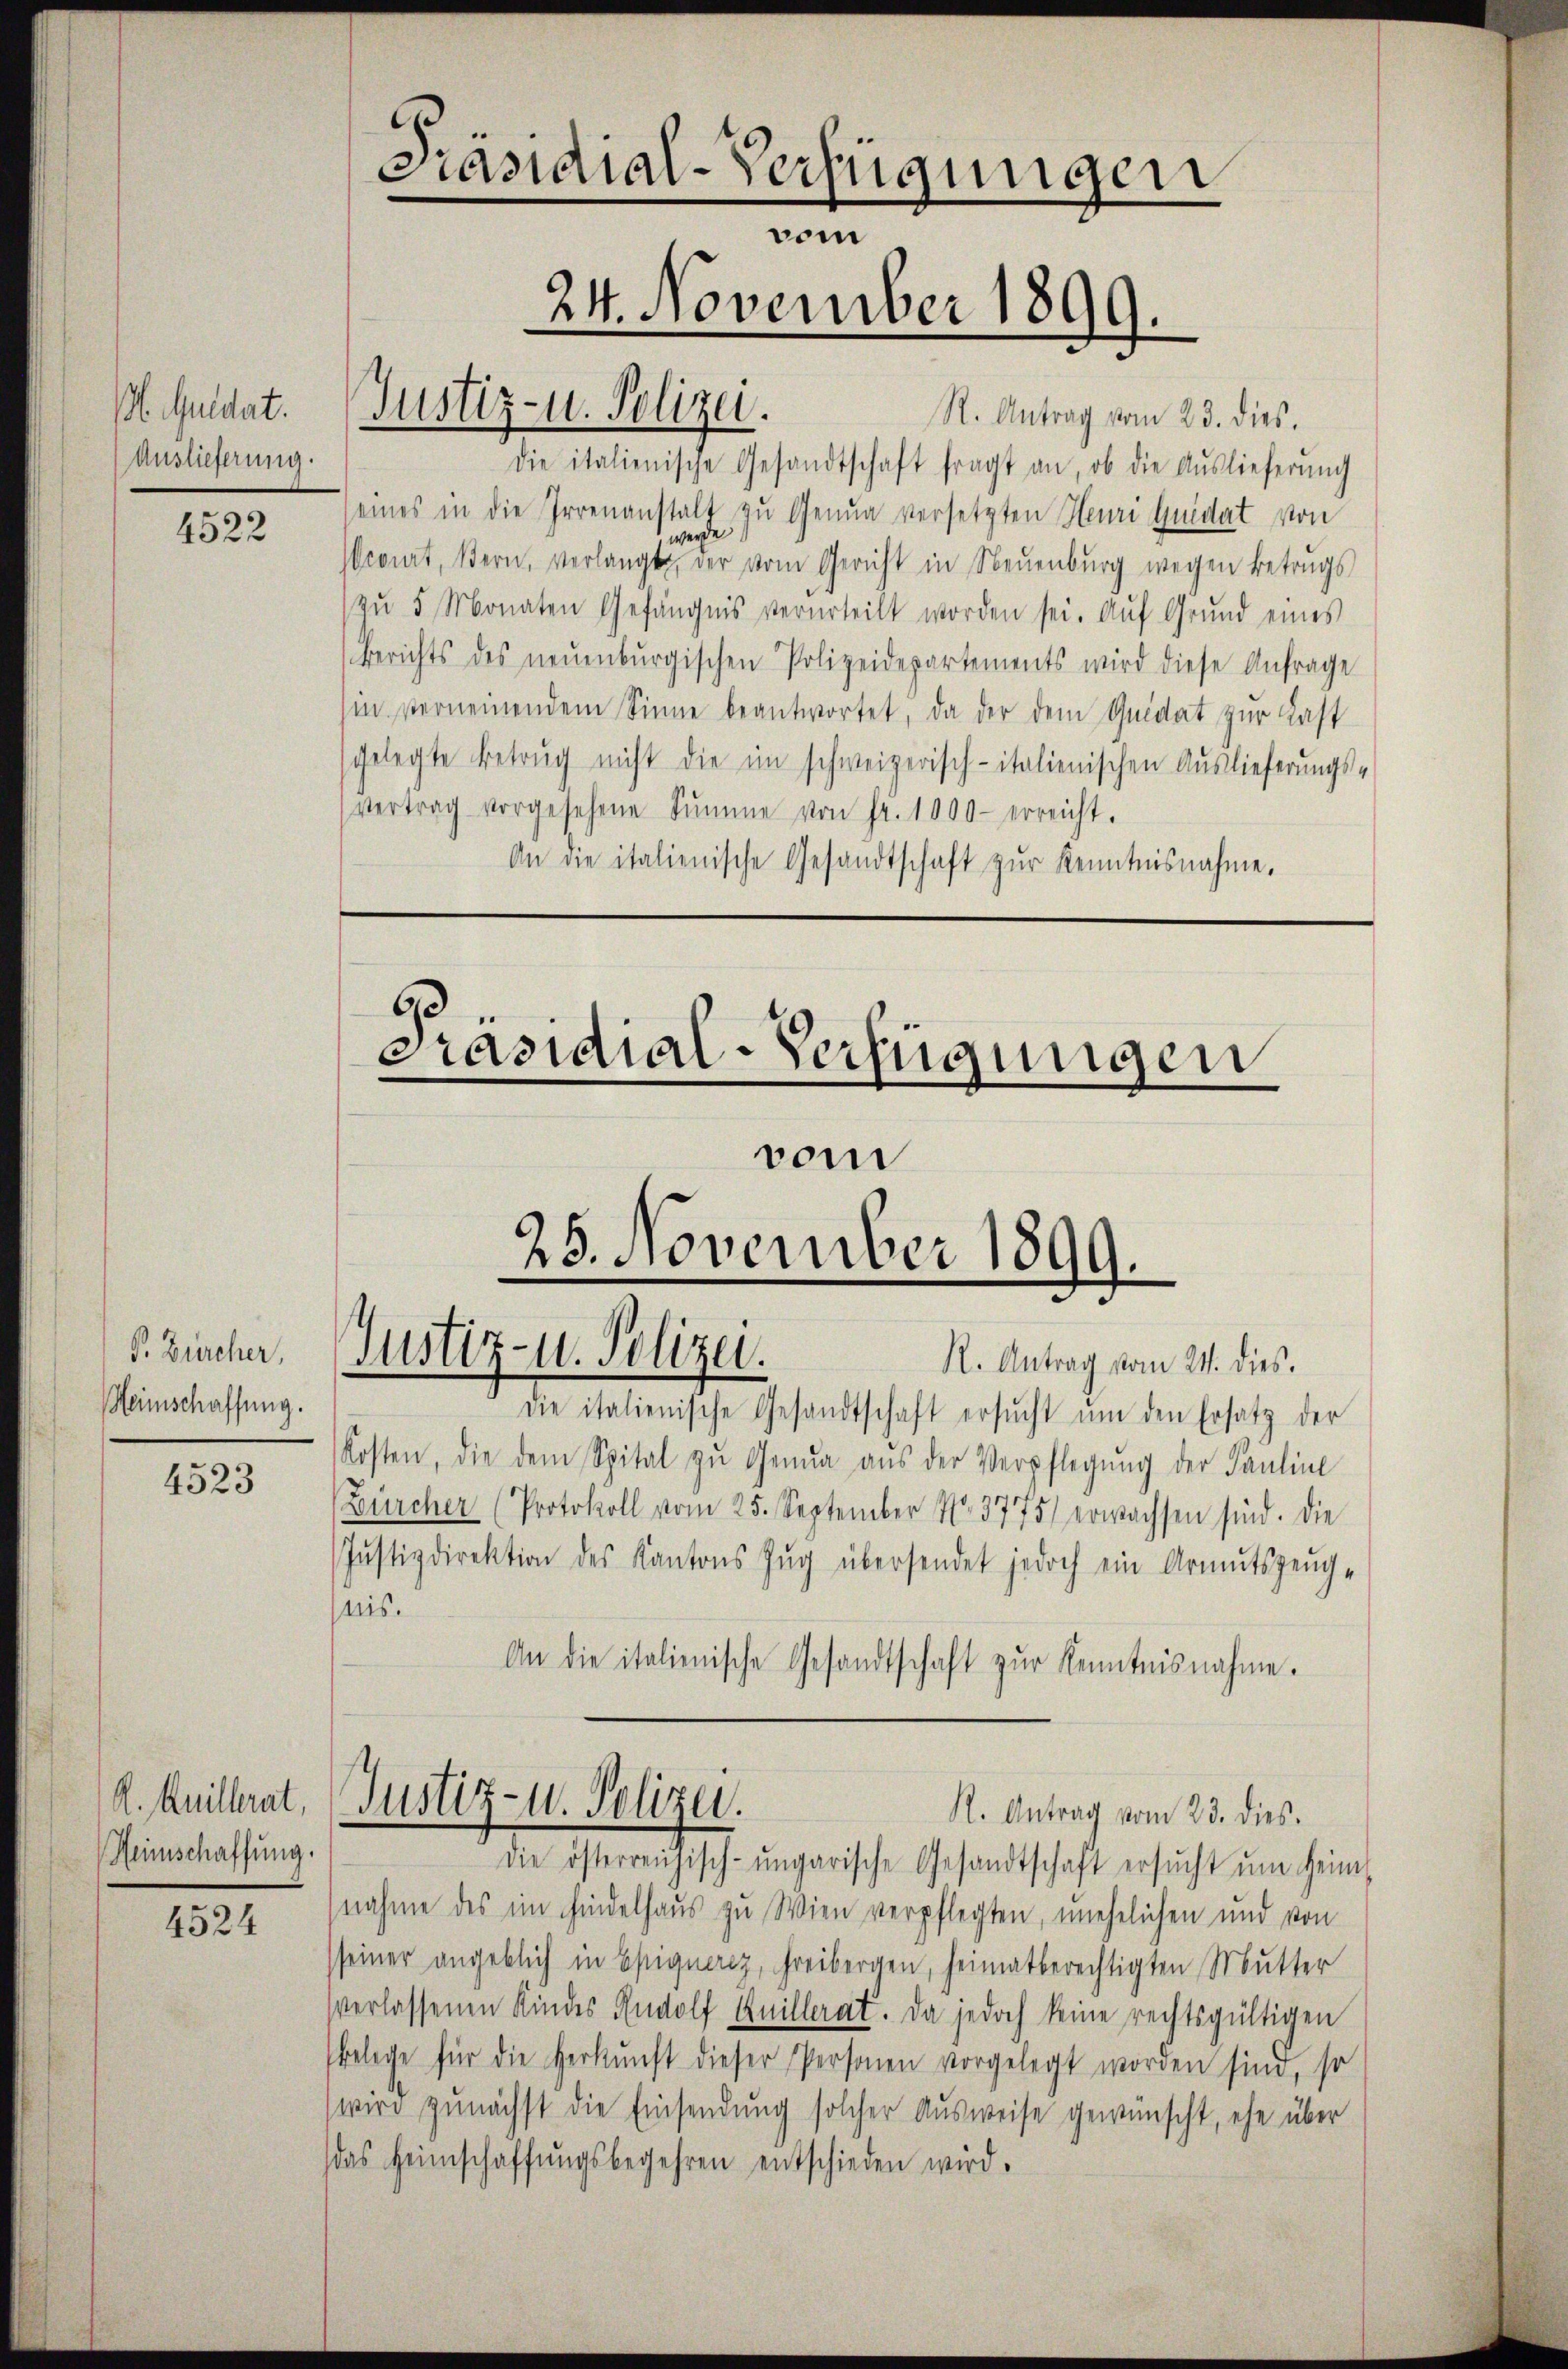
Pl. Guldet.
Auslieferung.

4522

P. Zürcher,
Heimschaffung.

4523

K. Quillerat,
Heimschaffung

4524

Präsidial-Verfügungen
vom
24. November 1899.

Justiz- u. Polizei.

R. Antrag vom 23. dies.
die italienische Gesandtschaft fragt an, ob die Auslieferŭng
eines in die Irrenanstalt zu Genua versetzten Heuri Quidat von
comt, Bern, verlangte der vom Gericht in Neuenburg wegen Betrugs
zŭ 5 Monaten Gefängnis verurteilt worden sei. Auf Grund eines
Berichts des neŭenbŭrgischen Polizeidepartements wird diese Anfrage
hin verneinendem Sinne beantwortet, da der dem Quidat zur Last
sgelegte Betrug nicht die im schweizerisch-italienischen Auslieferungs-
vertrag vorgesehene Sŭmme von fr. 1000 - erreicht.
An die italienische Gesandtschaft zŭr Kenntnisnahme.

6
Präsidial-Verfügungen
25. November 1899.
Justiz- u. Polizei.
R. Antrag vom 24. dies.

vom

die italienische Gesandtschaft ersŭcht ŭm den Ersatz der
Kosten, die dem Spital zu Genua aŭs der Verpflegŭng der Pauline
Bürcher (Protokoll vom 25. September No. 3775) erwachsen sind. Die
Justizdirektion des Kantons Zug übersendet jedoch ein Armutszeugnis.
An die italienische Gesandtschaft zŭr Kenntnisnahme.

die österreichisch-ungarische Gesandtschaft ersŭcht ŭm Heim
nahme des im Findelhaus zu Wien verpflegten, unehelichen und von
seiner angeblich in Epignerez, Freibergen, heimatberechtigten Mutter
verlassenen Kindes Rudolf Knillerat. Da jedoch keine rechtsgültigen
belege für die Herkunft dieser Personen vorgelegt worden sind, so
wird zunächst die Einsendung solcher Ausweise gewünscht, ehe über
(das Heimschaffŭngsbegehren entschieden wird.

Justiz- u. Polizei.
R. Antrag vom 23. dies